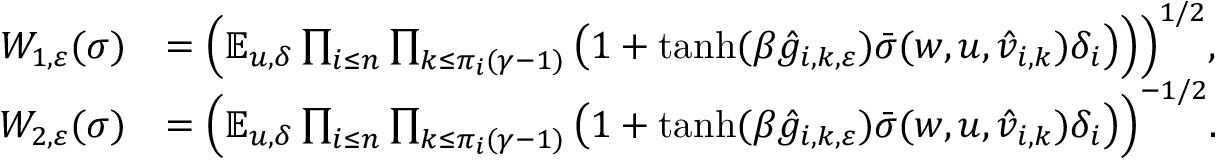
\begin{array} { r l } { W _ { 1 , \varepsilon } ( \sigma ) } & { = \Bigl ( \mathbb E _ { u , \delta } \prod _ { i \leq n } \prod _ { k \le \pi _ { i } ( \gamma - 1 ) } \big ( 1 + \operatorname { t a n h } ( \beta \hat { g } _ { i , k , \varepsilon } ) \bar { \sigma } ( w , u , \hat { v } _ { i , k } ) \delta _ { i } \big ) \Bigr ) \Bigr ) ^ { 1 / 2 } , } \\ { W _ { 2 , \varepsilon } ( \sigma ) } & { = \Bigl ( \mathbb E _ { u , \delta } \prod _ { i \le n } \prod _ { k \le \pi _ { i } ( \gamma - 1 ) } \big ( 1 + \operatorname { t a n h } ( \beta \hat { g } _ { i , k , \varepsilon } ) \bar { \sigma } ( w , u , \hat { v } _ { i , k } ) \delta _ { i } \big ) \Bigr ) ^ { - 1 / 2 } . } \end{array}